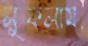
লুফলাম